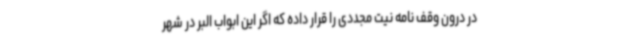
در درون وقف نامه نیت مجددی را قرار داده که اگر این ابواب البر در شهر